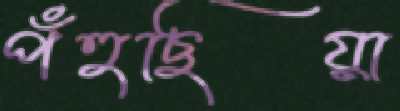
পঁহুছিয়া